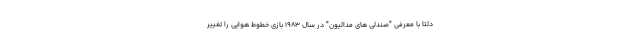
دلتا با معرفی "صندلی های مدالیون" در سال 1983 بازی خطوط هوایی را تغییر